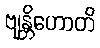
ဗျန္တိဟောတိ